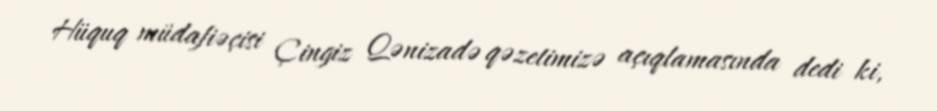
Hüquq müdafiəçisi Çingiz Qənizadə qəzetimizə açıqlamasında dedi ki,